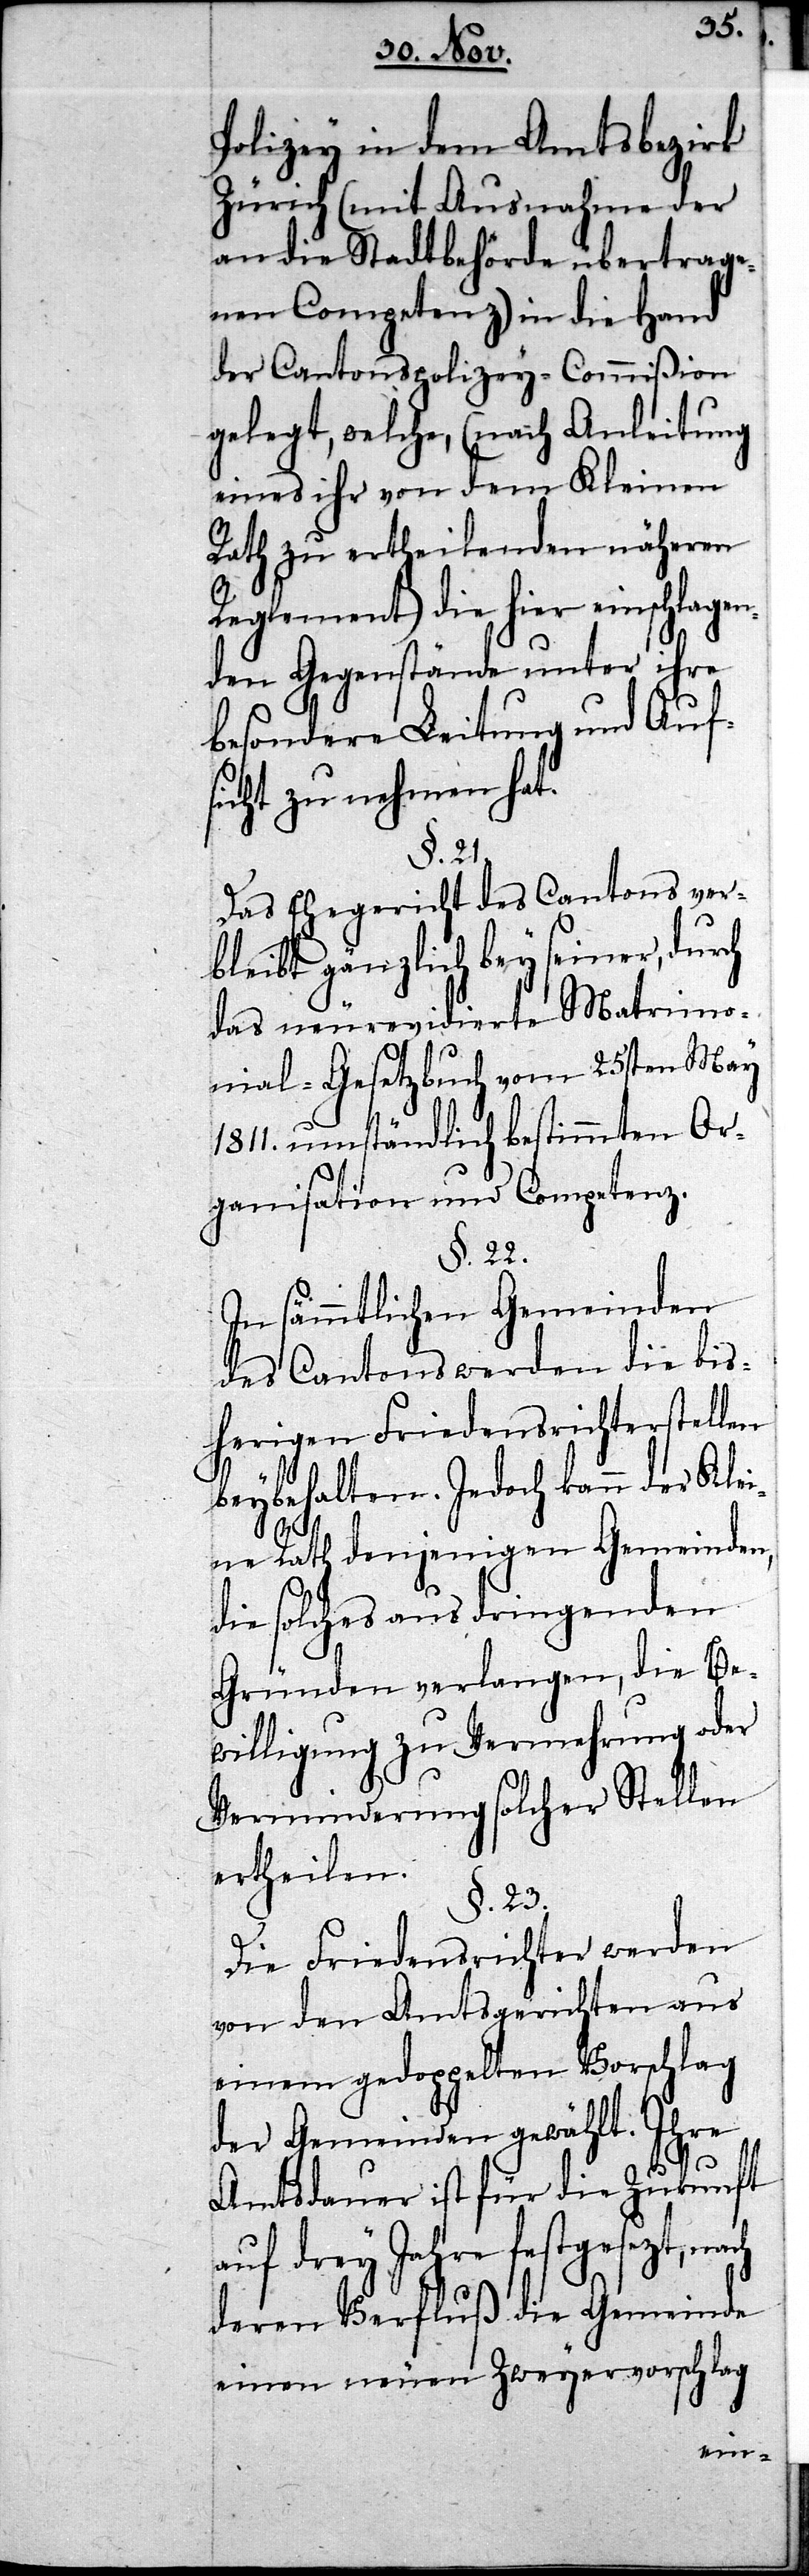
Polizey in dem Amtsbezirk
Zürich (mit Ausnahme der
an die Stadtbehörde übertrage¬
nen Competenz) in die Hand
der Cantons-Polizey-Commißion
gelegt, welche, (nach Anleitung
eines ihr von dem Kleinen
Rath zu ertheilenden näheren
Reglement) die hier einschlagen¬
den Gegenstände unter ihre
besondere Leitung und Auf¬
sicht zu nehmen hat.
§. 21.
Das Ehegericht des Cantons b¬
leibt gänzlich bey seiner, durch
das neurevidierte Matrimo¬
nial-Gesetzbuch vom 25sten May
1811. umständlich bestimmten Or¬
ganisation und Competenz.
§. 22.
In sämmtlichen Gemeinden
die bis¬
des Cantons werden
tellen
herigen Friedensri¬
beybehalten. Jedoch kann der Klei¬
ne Rath denjenigen
die solches aus dringenden
die Be¬
Gründen verlangen,
willigung zu Vermehrung oder
Verminderung solcher S¬
ertheilen.
§. 23.
Die Friedensrichter werden
von den Amtsgerichten aus
einem gedoppelten Vorschlag
der Gemeinden gewählt. Ihre
Amtsdauer ist für die Zukunft
auf drey Jahre festgesezt,
deren Verfluß die Gemeinde
einen neuen Zweyervorschlag
chter¬